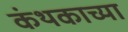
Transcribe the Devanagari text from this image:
कंथकाच्या